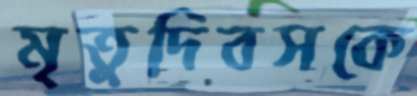
মৃতুদিবসকে